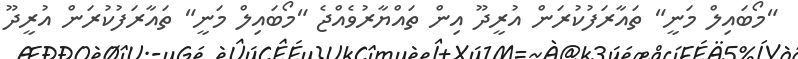
"މޯބައިލް މަނީ" ތައާރަފުކުރަން އުރީދޫ އިން ތައްޔާރުވެއްޖެ "މޯބައިލް މަނީ" ތައާރަފުކުރަން އުރީދޫ